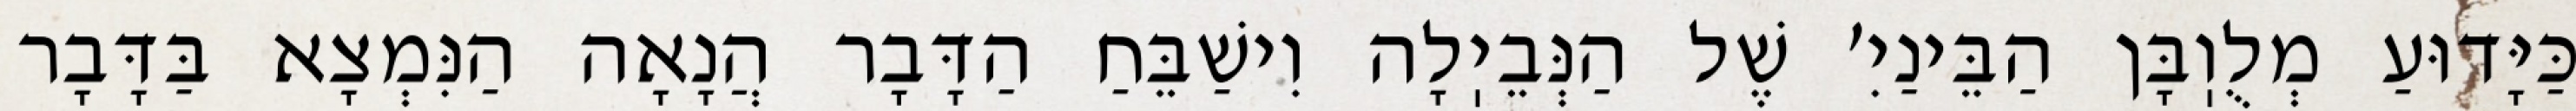
כַּיָּדוּעַ מְלֻוֽבָּן הַבֵּינַיִ׳ שֶׁל הַנְּבֵיֽלָה וִישַׁבֵּחַ הַדָּבָר הֲנָאָה הַנִּמְצָא בַּדָּבָר